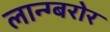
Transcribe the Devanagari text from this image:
लान्ग्बरोर